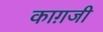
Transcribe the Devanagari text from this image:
काग़जी